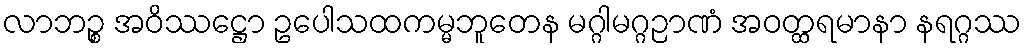
လာဘဉ္စ အဝိဿဋ္ဌော ဥပေါသထကမ္မဘူတေန မဂ္ဂါမဂ္ဂဉာဏံ အဝတ္ထရမာနာ နရဂ္ဂဿ